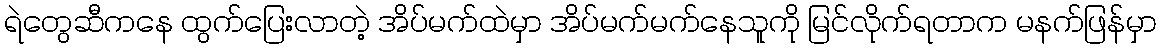
ရဲတွေဆီကနေ ထွက်ပြေးလာတဲ့ အိပ်မက်ထဲမှာ အိပ်မက်မက်နေသူကို မြင်လိုက်ရတာက မနက်ဖြန်မှာ